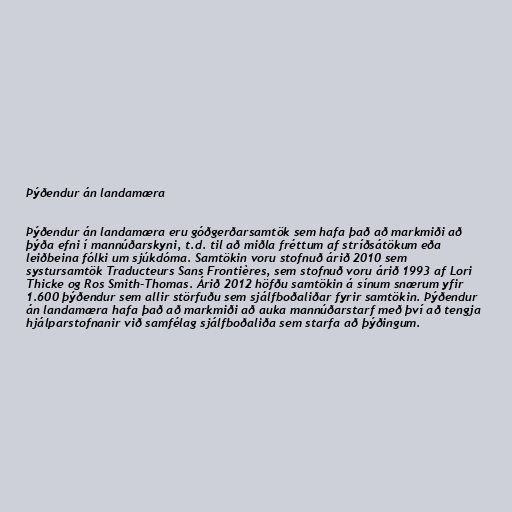
Þýðendur án landamæra

Þýðendur án landamæra eru góðgerðarsamtök sem hafa það að markmiði að
þýða efni í mannúðarskyni, t.d. til að miðla fréttum af stríðsátökum eða
leiðbeina fólki um sjúkdóma. Samtökin voru stofnuð árið 2010 sem
systursamtök Traducteurs Sans Frontières, sem stofnuð voru árið 1993 af Lori
Thicke og Ros Smith-Thomas. Árið 2012 höfðu samtökin á sínum snærum yfir
1.600 þýðendur sem allir störfuðu sem sjálfboðaliðar fyrir samtökin. Þýðendur
án landamæra hafa það að markmiði að auka mannúðarstarf með því að tengja
hjálparstofnanir við samfélag sjálfboðaliða sem starfa að þýðingum.